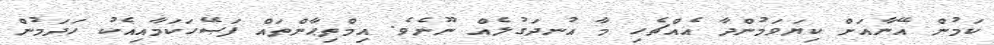
ކަމުން އޭނާއަށް ކިޔަވަމުންދާ އެއްޗެހި މާ އުނދަގުލެއް ނޫނެވެ. އިމްތިޙާންތައް ފަޞޭހަކަމާއިއެކު ހަދަމުން